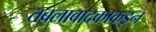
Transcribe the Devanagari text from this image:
तबलावादकाकडून